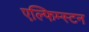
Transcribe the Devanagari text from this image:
एल्फिम्स्टन